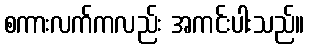
စကားလက်ကလည်း အကင်းပါးသည်။